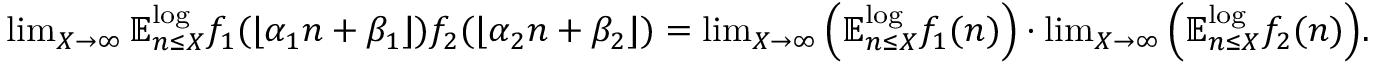
\begin{array} { r } { \operatorname* { l i m } _ { X \to \infty } \mathbb { E } _ { n \leq X } ^ { \log } f _ { 1 } ( \lfloor \alpha _ { 1 } n + \beta _ { 1 } \rfloor ) f _ { 2 } ( \lfloor \alpha _ { 2 } n + \beta _ { 2 } \rfloor ) = \operatorname* { l i m } _ { X \to \infty } \Big ( \mathbb { E } _ { n \leq X } ^ { \log } f _ { 1 } ( n ) \Big ) \cdot \operatorname* { l i m } _ { X \to \infty } \Big ( \mathbb { E } _ { n \leq X } ^ { \log } f _ { 2 } ( n ) \Big ) . } \end{array}